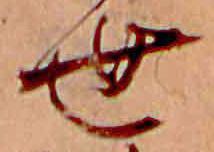
世